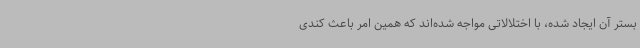
بستر آن ایجاد شده، با اختلالاتی مواجه شده‌اند که همین امر باعث کندی